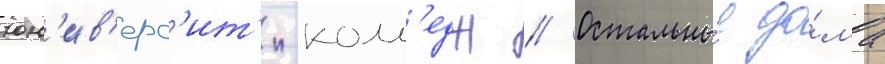
юн'ив'ерс'ит'и-колл'едж // Остальны́е до́ма